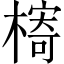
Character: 槣